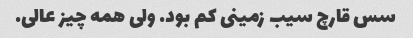
سس قارچ سیب زمینی کم بود. ولی همه چیز عالی.